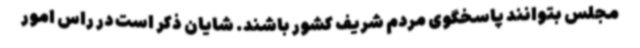
مجلس بتوانند پاسخگوی مردم شریف کشور باشند. شایان ذکر است در راس امور